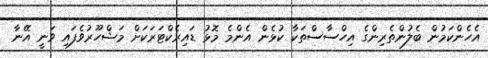
އެހެންކަމުން ބެލުންތެރިންގެ އިހްސާސްތަކާ ކުޅެން އެންމެ މޮޅު ޑައިރެކްޓަރަކަށް މަޝްހޫރުވެފައި ވަނީ އޭނާ